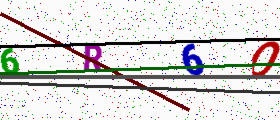
Text: 6R6O